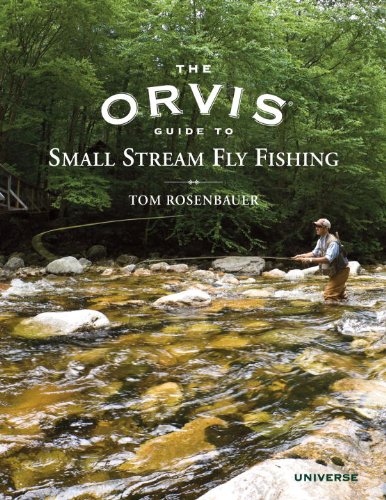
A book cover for The Orvis Guide to Small Stream Fly Fishing; Tom Rosenbauer; Sports & Outdoors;